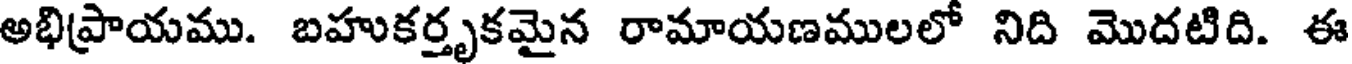
అభిప్రాయము. బహుకర్తృకమైన రామాయణములలో నిది మొదటిది. ఈ